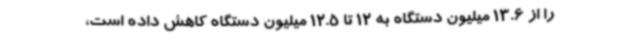
را از 13.6 میلیون دستگاه به 12 تا 12.5 میلیون دستگاه کاهش داده است،